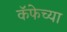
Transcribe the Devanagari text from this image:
कॅफेच्या